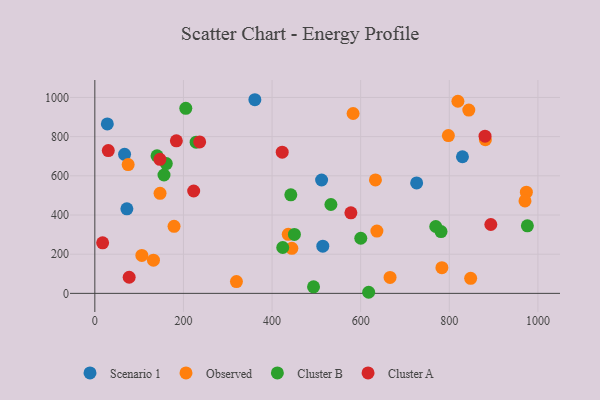
{"axis": {"x": "Speed", "y": "Profit"}, "legend": ["Cluster A", "Cluster B", "Observed", "Scenario 1"], "data": [{"x": "514.5", "y": 241.0, "type": "Scenario 1"}, {"x": "829.7", "y": 697.3, "type": "Scenario 1"}, {"x": "28.2", "y": 864.9, "type": "Scenario 1"}, {"x": "67.1", "y": 709.7, "type": "Scenario 1"}, {"x": "361.2", "y": 988.4, "type": "Scenario 1"}, {"x": "72.3", "y": 431.3, "type": "Scenario 1"}, {"x": "511.8", "y": 578.6, "type": "Scenario 1"}, {"x": "726.3", "y": 563.5, "type": "Scenario 1"}, {"x": "973.9", "y": 516.5, "type": "Observed"}, {"x": "147.2", "y": 510.8, "type": "Observed"}, {"x": "666.3", "y": 81.2, "type": "Observed"}, {"x": "633.3", "y": 579.3, "type": "Observed"}, {"x": "970.8", "y": 472.0, "type": "Observed"}, {"x": "444.6", "y": 229.8, "type": "Observed"}, {"x": "319.6", "y": 60.1, "type": "Observed"}, {"x": "797.9", "y": 805.5, "type": "Observed"}, {"x": "848.2", "y": 76.9, "type": "Observed"}, {"x": "819.4", "y": 980.6, "type": "Observed"}, {"x": "783.3", "y": 131.2, "type": "Observed"}, {"x": "582.9", "y": 918.1, "type": "Observed"}, {"x": "436.5", "y": 301.5, "type": "Observed"}, {"x": "106.1", "y": 193.6, "type": "Observed"}, {"x": "844.0", "y": 935.6, "type": "Observed"}, {"x": "636.6", "y": 318.1, "type": "Observed"}, {"x": "178.8", "y": 342.1, "type": "Observed"}, {"x": "881.4", "y": 784.3, "type": "Observed"}, {"x": "132.3", "y": 169.6, "type": "Observed"}, {"x": "75.2", "y": 657.4, "type": "Observed"}, {"x": "205.3", "y": 944.5, "type": "Cluster B"}, {"x": "976.2", "y": 344.7, "type": "Cluster B"}, {"x": "493.6", "y": 33.2, "type": "Cluster B"}, {"x": "424.1", "y": 234.1, "type": "Cluster B"}, {"x": "450.4", "y": 301.0, "type": "Cluster B"}, {"x": "228.6", "y": 771.8, "type": "Cluster B"}, {"x": "532.8", "y": 453.6, "type": "Cluster B"}, {"x": "442.3", "y": 503.2, "type": "Cluster B"}, {"x": "618.0", "y": 5.6, "type": "Cluster B"}, {"x": "140.4", "y": 702.1, "type": "Cluster B"}, {"x": "600.2", "y": 281.3, "type": "Cluster B"}, {"x": "781.3", "y": 315.2, "type": "Cluster B"}, {"x": "161.3", "y": 662.6, "type": "Cluster B"}, {"x": "769.4", "y": 341.3, "type": "Cluster B"}, {"x": "156.1", "y": 604.1, "type": "Cluster B"}, {"x": "893.7", "y": 351.6, "type": "Cluster A"}, {"x": "577.9", "y": 411.2, "type": "Cluster A"}, {"x": "30.4", "y": 728.6, "type": "Cluster A"}, {"x": "77.5", "y": 82.4, "type": "Cluster A"}, {"x": "236.6", "y": 773.2, "type": "Cluster A"}, {"x": "422.9", "y": 720.5, "type": "Cluster A"}, {"x": "880.6", "y": 802.6, "type": "Cluster A"}, {"x": "184.0", "y": 778.8, "type": "Cluster A"}, {"x": "146.9", "y": 684.2, "type": "Cluster A"}, {"x": "17.6", "y": 258.0, "type": "Cluster A"}, {"x": "223.1", "y": 522.4, "type": "Cluster A"}]}